Report on horse surra - Volume II, Part II
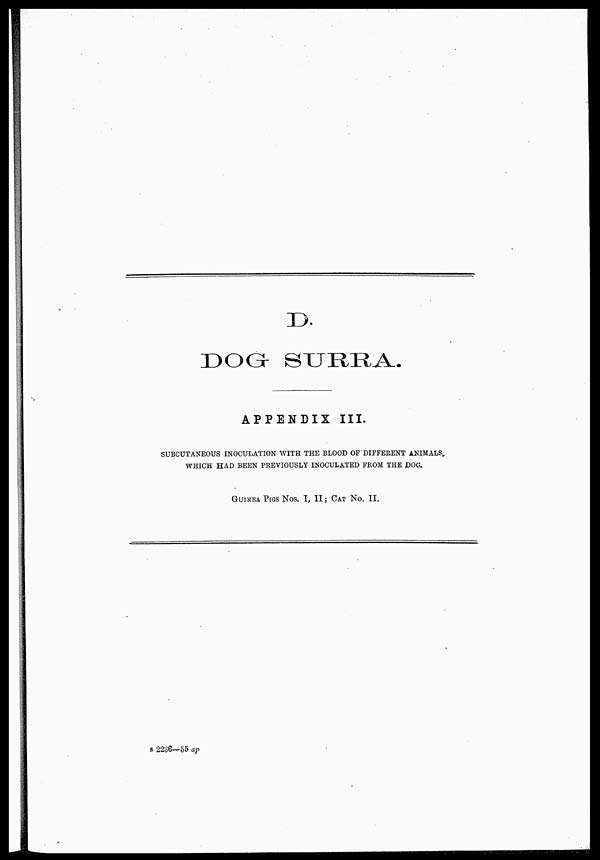
D.
DOG SURRA.
APPENDIX III.
SUBCUTANEOUS INOCULATION WITH THE BLOOD OF DIFFERENT ANIMALS,
WHICH HAD BEEN PREVIOUSLY INOCULATED FROM THE DOG.
GUINEA PIGS NOS. I, II ; CAT No. II.
B 2236—55 ap